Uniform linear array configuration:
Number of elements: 12
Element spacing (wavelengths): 0.5
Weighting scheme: hann
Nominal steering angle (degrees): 45
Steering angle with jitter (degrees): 45.815
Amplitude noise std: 0.05
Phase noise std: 0.05

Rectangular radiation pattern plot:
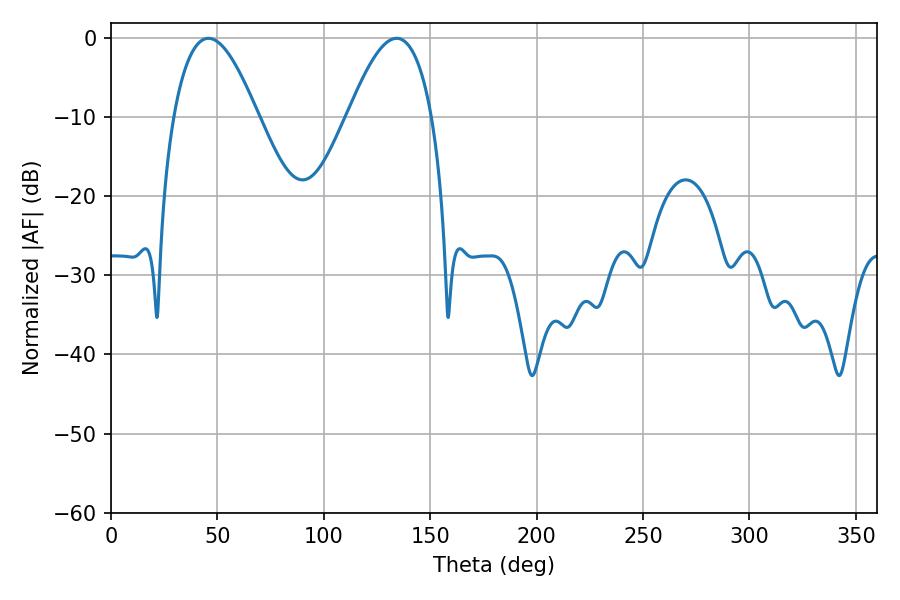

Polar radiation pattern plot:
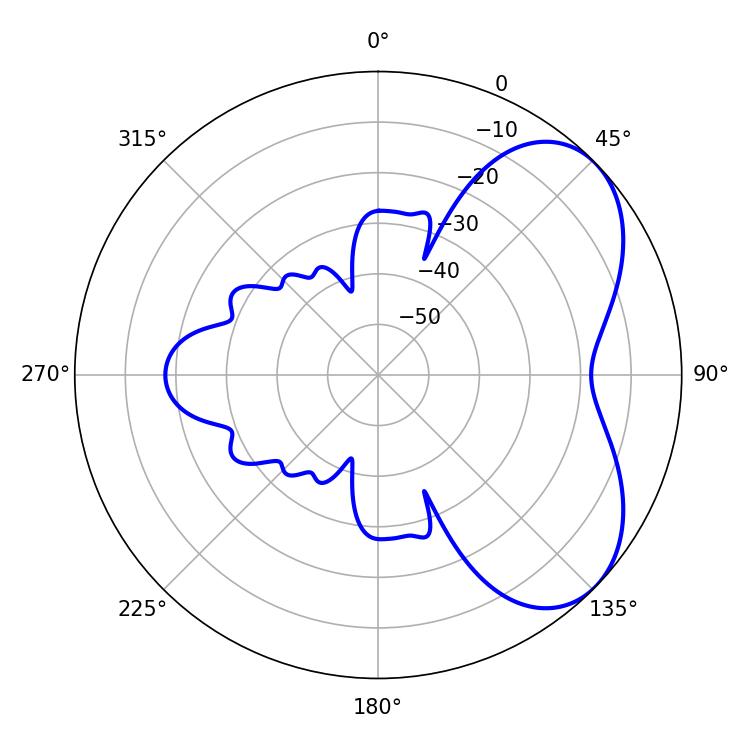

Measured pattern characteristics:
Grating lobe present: FALSE
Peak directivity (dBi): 5.229
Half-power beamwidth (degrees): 21.6
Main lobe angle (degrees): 45.72